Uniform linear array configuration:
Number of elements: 8
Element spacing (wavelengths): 1
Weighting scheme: hann
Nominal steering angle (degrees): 60
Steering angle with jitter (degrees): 58.994
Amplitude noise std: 0.05
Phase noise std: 0.05

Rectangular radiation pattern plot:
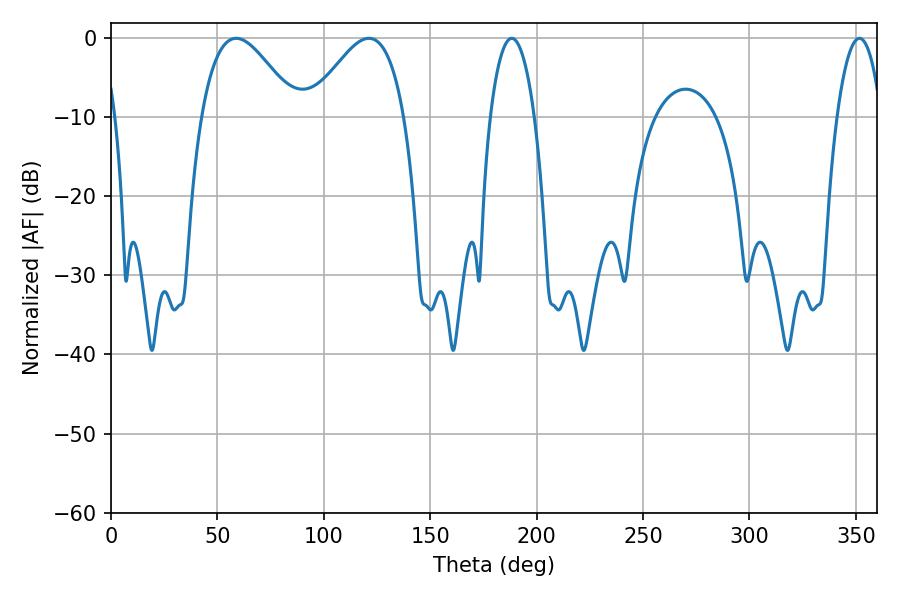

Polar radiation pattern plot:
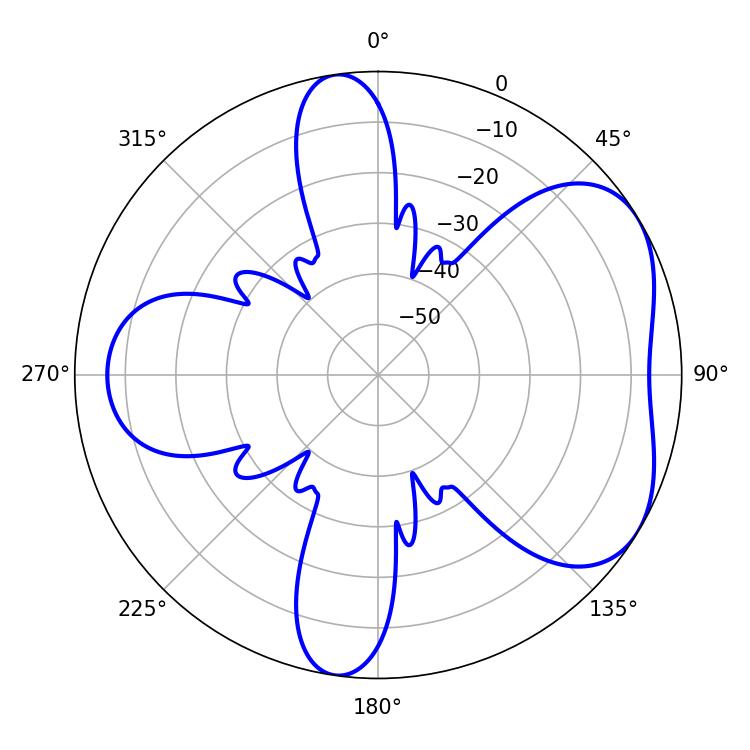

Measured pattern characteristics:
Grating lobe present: TRUE
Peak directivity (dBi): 4.888
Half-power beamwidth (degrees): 24.12
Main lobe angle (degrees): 58.86